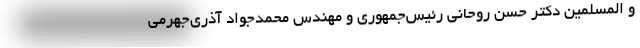
و المسلمین دکتر حسن روحانی رئیس‌جمهوری و مهندس محمدجواد آذری‌جهرمی